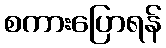
စကားပြောရန်